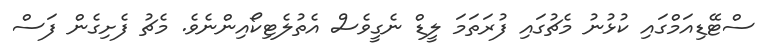
ސްޓޭޑިއަމްގައި ކުޅުނު މެޗުގައި ފުރަތަމަ ލީޑް ނެގީވެސް އެތުލެޓިކޯއިންނެވެ. މެޗު ފެށިގެން ފަސް